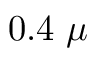
0 . 4 ~ \mu